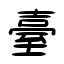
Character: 臺